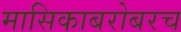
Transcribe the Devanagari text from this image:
मासिकाबरोबरच